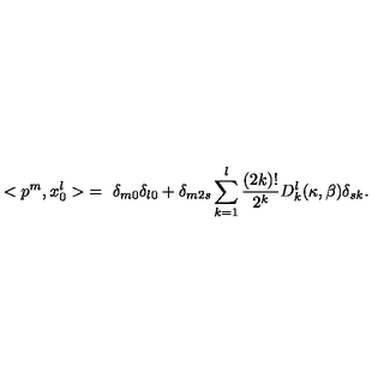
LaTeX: < p ^ { m } , x _ { 0 } ^ { l } > \ = \ \delta _ { m 0 } \delta _ { l 0 } + \delta _ { m 2 s } \sum _ { k = 1 } ^ { l } \frac { ( 2 k ) ! } { 2 ^ { k } } D _ { k } ^ { l } ( \kappa , \beta ) \delta _ { s k } .